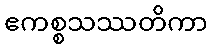
ဧကစ္စသဿတိကာ